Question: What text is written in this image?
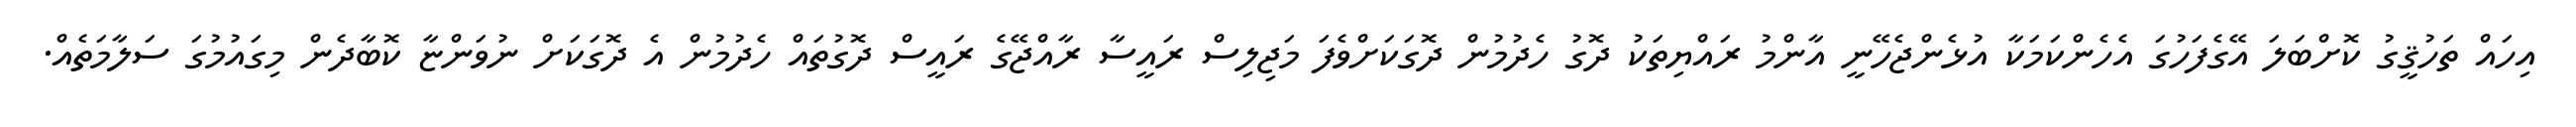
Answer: އިހައް ތަހުޤީގު ކޮށްބަލަ އޭގެފަހުގަ އެހެންކަމަކާ އުޅެންޖެހޭނީ އާންމު ރައްޔިތަކު ދޮގު ހެދުމުން ދޮގަކަށްވެފަ މަޖިލިސް ރައީސާ ރާއްޖޭގެ ރައީސް ދޮގުތައް ހެދުމުން އެ ދޮގަކަށް ނުވަންޏާ ކޮބާދެން މިގައުމުގަ ސަލާމަތެއް.